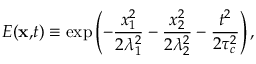
E ( \mathbf { x , } t ) \equiv \exp \left( - \frac { x _ { 1 } ^ { 2 } } { 2 \lambda _ { 1 } ^ { 2 } } - \frac { x _ { 2 } ^ { 2 } } { 2 \lambda _ { 2 } ^ { 2 } } - \frac { t ^ { 2 } } { 2 \tau _ { c } ^ { 2 } } \right) ,